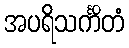
အပရိသင်္ကိတံ